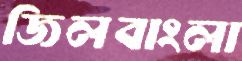
জিলবাংলা